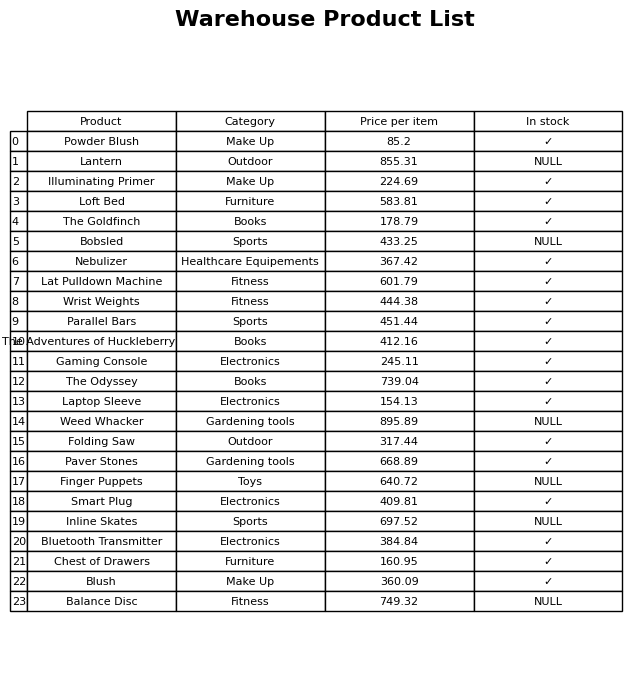
question: What is the price of the The Goldfinch?
answer: The price of The Goldfinch is 178.79.